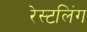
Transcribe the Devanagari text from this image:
रेस्टलिंग